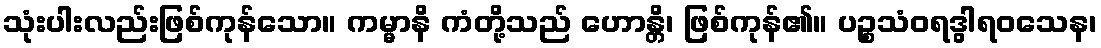
သုံးပါးလည်းဖြစ်ကုန်သော။ ကမ္မာနိ ကံတို့သည် ဟောန္တိ၊ ဖြစ်ကုန်၏။ ပဉ္စသံဝရဒွါရဝသေန၊